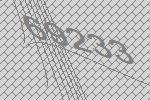
69233